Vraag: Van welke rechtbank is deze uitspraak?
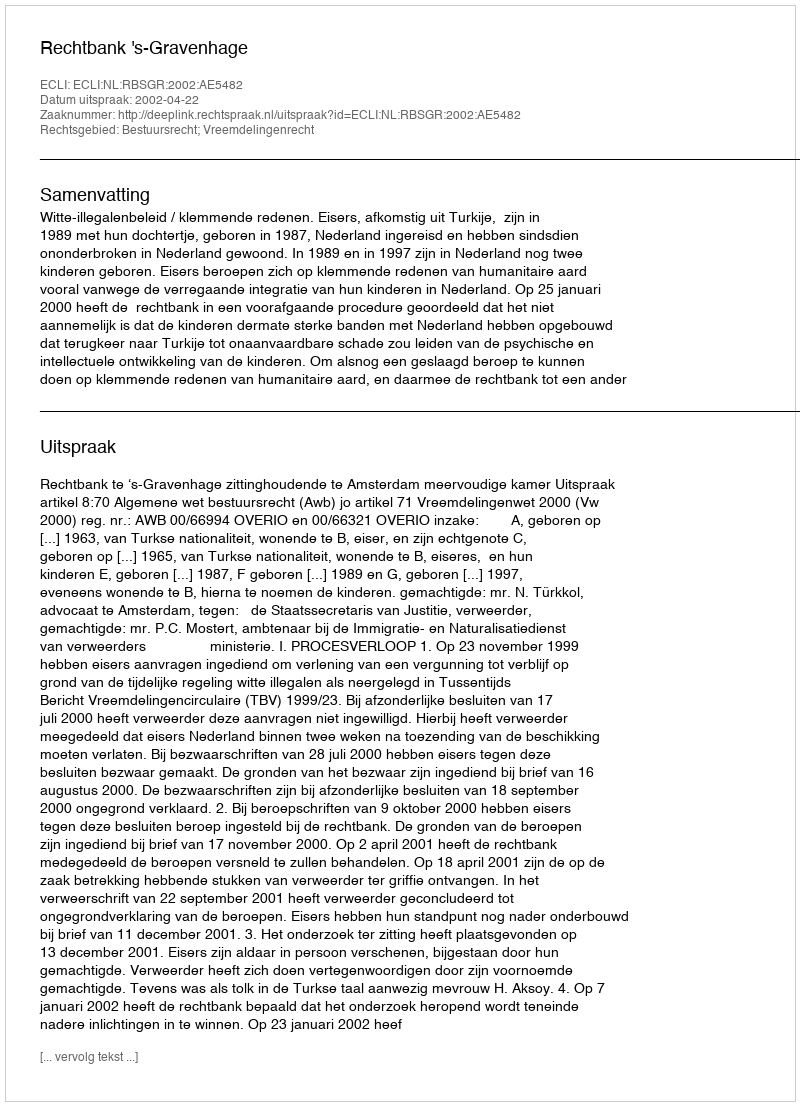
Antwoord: Rechtbank 's-Gravenhage